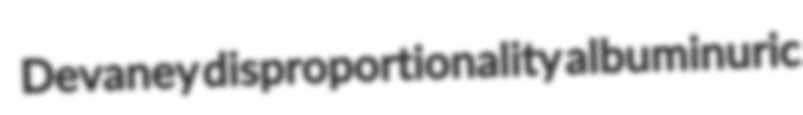
Devaney disproportionality albuminuric